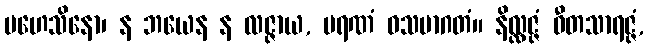
မဟေသိနော၊ န ဘယေန န လဇ္ဇာယ, မရဏံ ဝသမာဂတံ။ နိလ္လဇ္ဇံ ဝီတသာရဇ္ဇံ,